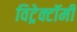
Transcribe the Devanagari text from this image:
विट्रेक्टॉमी